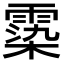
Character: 𩃵